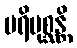
ပရိပုစ္ဆန္တိ